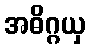
အဓိဂ္ဂယှ